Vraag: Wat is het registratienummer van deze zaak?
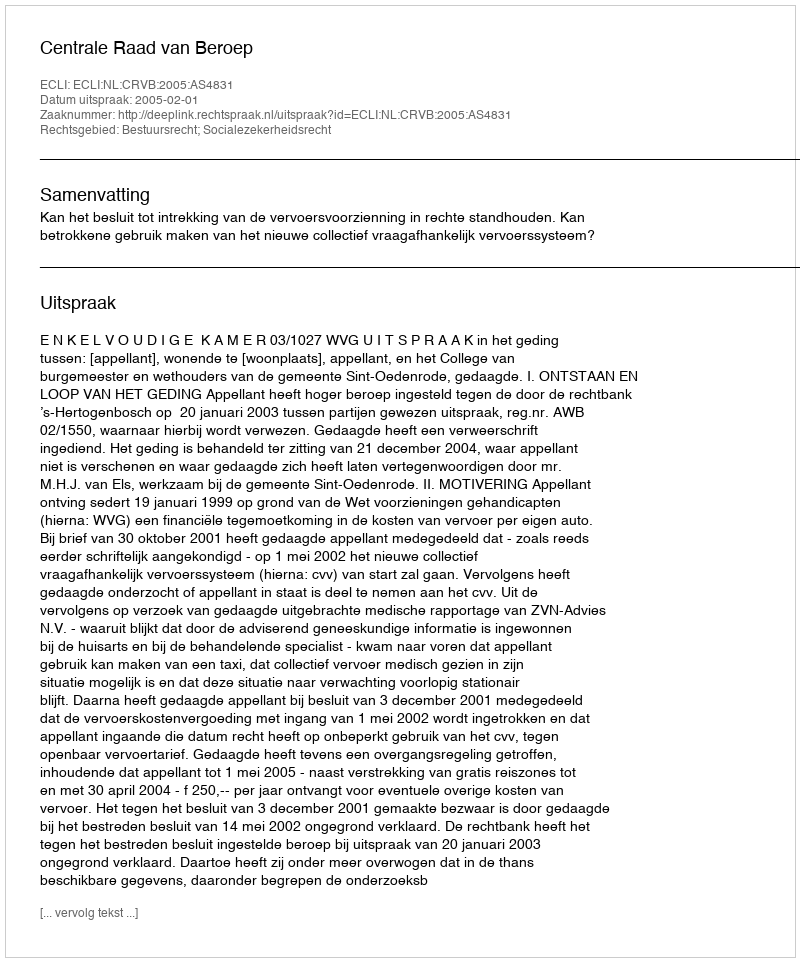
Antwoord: http://deeplink.rechtspraak.nl/uitspraak?id=ECLI:NL:CRVB:2005:AS4831